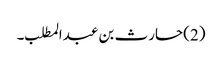
(2)حارث بن عبدالمطلب ۔